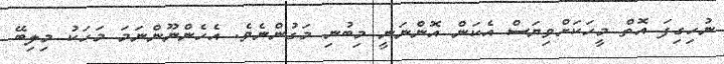
ނުހިގިފަ އޮތް މީހަކަށްވިޔަސް އެކަން އޮންނަނީ މިބުނި މަގުންނެވެ. އެހެންނޫންނަމަ މަހަކު މިލިބޭ